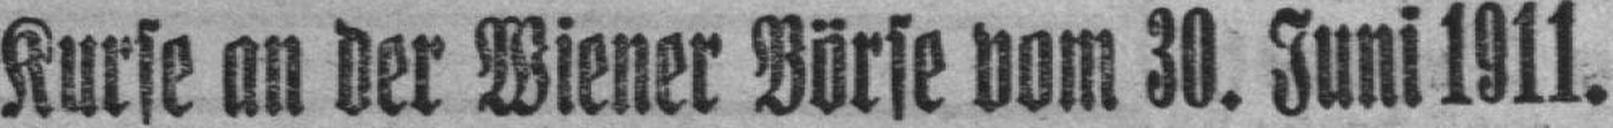
Kurse an der Wiener Börse vom 30. Juni 1911.